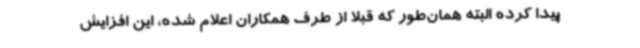
پیدا کرده البته همان‌طور که قبلاً از طرف همکاران اعلام شده، این افزایش